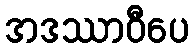
အဒဿာဝီပေ